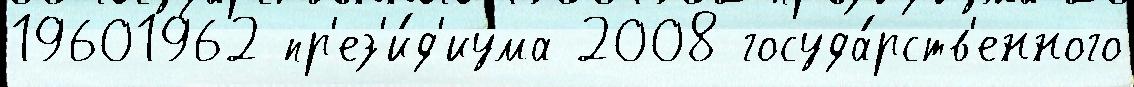
19601962 пр'ез'и́д'иума 2008 госуда́рств'енного